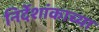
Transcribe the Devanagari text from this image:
निर्देशांकाच्या